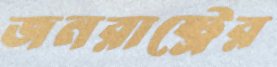
জনরাষ্ট্রের